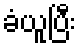
ခံယူပြီး